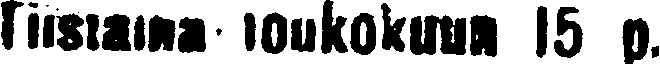
Tiistaina toukokuun 15 p.